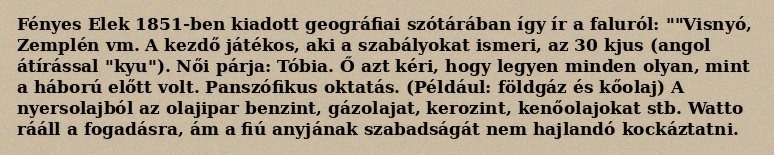
Fényes Elek 1851-ben kiadott geográfiai szótárában így ír a faluról: ""Visnyó, Zemplén vm. A kezdő játékos, aki a szabályokat ismeri, az 30 kjus (angol átírással "kyu"). Női párja: Tóbia. Ő azt kéri, hogy legyen minden olyan, mint a háború előtt volt. Panszófikus oktatás. (Például: földgáz és kőolaj) A nyersolajból az olajipar benzint, gázolajat, kerozint, kenőolajokat stb. Watto rááll a fogadásra, ám a fiú anyjának szabadságát nem hajlandó kockáztatni.